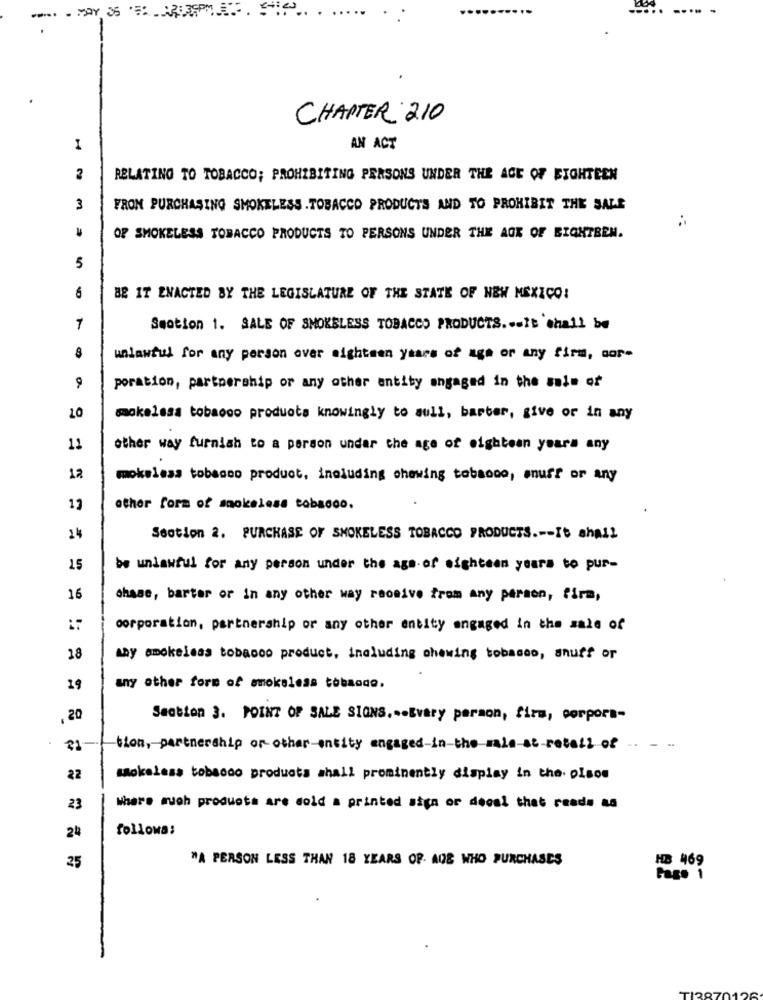
..... ....
CHAPTER 210
AN ACT
2
RELATING TO TOBACCO; PROHIBITING PERSONS UNDER THE AGE OF EIGHTEEN
3
FROM PURCHASING SMOKELESS . TOBACCO PRODUCTS AND TO PROHIBIT THE SALE
OF SMOKELESS TOBACCO PRODUCTS TO PERSONS UNDER THE AGE OF EIGHTBEM.
5
6
BE IT ENACTED BY THE LEGISLATURE OF THE STATE OF NEW MEXICO!
7
Smotion 1. SALE OF SMOKELESS TOBACCO PRODUCTS ... It shall be
8
unlawful for any person over sighteen years of age or any firm, aor-
a
poration, partnership or any other entity engaged in the sale of
20
mokelasa tobacco products knowingly to sull, barber, give or in any
11
other way furnish to a person under the age of eighteen yours any
12
moksless tobacco product, including chewing tobacco, snuff or any
13
other form of smokeless tobacco.
24
Section 2. PURCHASE OF SMOKELESS TOBACCO PRODUCTS .-- It shall
15
be unlawful for any person under the age of eighteen years to pur-
16
chase, barter or in any other way roomive from any person, firm,
corporation, partnership or any other entity engaged in the sale of
18
why amokeleas tobacco product, including chewing tobacco, snuff or
19
any other form of smokeless tobaode.
.20
Section 3. POINT OF SALE SIGNS ... Every person, firm, porpors-
21-
tion, partnership or other-entity engaged-in-the-male-at-retail of
22
mokeless tobacco products shall prominently display in the. plsos
23
Where much products are sold a printed sign or decal that reads as
followa:
24
25
*A PERSON LESS THAN 18 YEARS OF. AOE WHO PURCHASCS
HB 469
Page 1